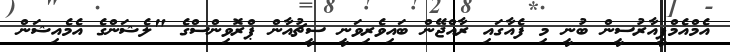
އެމްއެމްޕީއާރުސީން ބުނީ މި ފެއާގައި ރާއްޖޭން ބައިވެރިވަނީ ސީޗުއާން ޕްރޮވިންސްގެ "ލެޝަންގެ އެމެއިޝަން